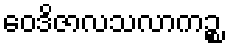
ဝေဒိဇာလသလာကဉ္စ